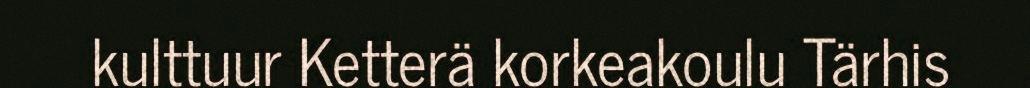
kulttuur Ketterä korkeakoulu Tärhis